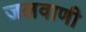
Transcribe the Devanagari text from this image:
जलवाणी